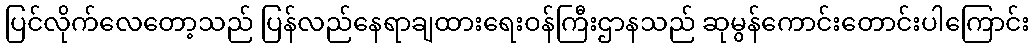
ပြင်လိုက်လေတော့သည် ပြန်လည်နေရာချထားရေးဝန်ကြီးဌာနသည် ဆုမွန်ကောင်းတောင်းပါကြောင်း